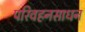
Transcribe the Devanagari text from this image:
परिवहनसाधन